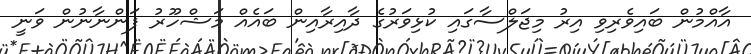
އާއްމުން ބައިވެރިވި އިރު މިޖަލްސާގައި ކުޅިވަރުގެ ދާއިރާއިން ބައެއް މަޝްހޫރު ފަންނާނުން ވަނީ